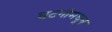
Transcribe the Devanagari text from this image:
घटनांमधून